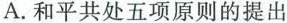
A. 和平共处五项原则的提出